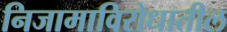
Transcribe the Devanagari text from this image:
निजामाविरोधातील